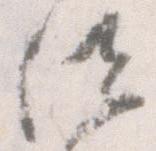
位